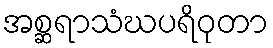
အစ္ဆရာသံဃပရိဝုတာ